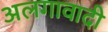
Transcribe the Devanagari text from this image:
अलगावादी